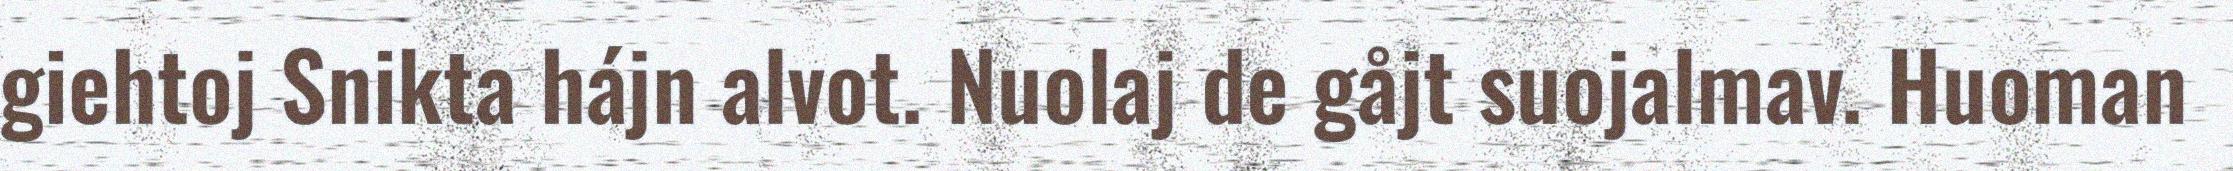
giehtoj Snikta hájn alvot. Nuolaj de gåjt suojalmav. Huoman